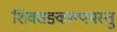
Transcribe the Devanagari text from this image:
शिवसङ्कल्पमस्तु